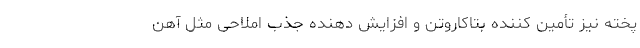
پخته نیز تأمین کننده بتاکاروتن و افزایش دهنده جذب املاحی مثل آهن